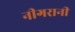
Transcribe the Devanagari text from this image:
नीगरानी